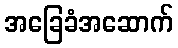
အခြေခံအဆောက်